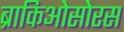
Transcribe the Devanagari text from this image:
ब्राकिओसोरस